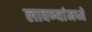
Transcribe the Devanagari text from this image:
लावण्यांमध्ये